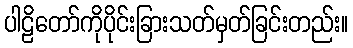
ပါဠိတော်ကိုပိုင်းခြားသတ်မှတ်ခြင်းတည်း။